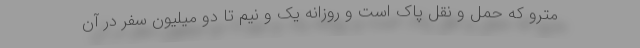
مترو که حمل و نقل پاک است و روزانه یک و نیم تا دو میلیون سفر در آن